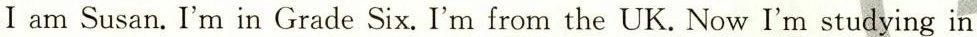
I am Susan. I'm in Grade Six. I'm from the UK. Now I'm studying in